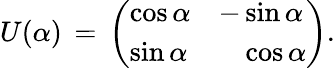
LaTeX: U(\alpha)\, =\, \left(\begin{array}{ll}{{\cos{\alpha}}}&{{-\sin{\alpha}}}\\ {{\sin{\alpha}}}&{{\phantom{-}\cos{\alpha}}}\end{array}\right).